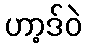
ဟာ့ဒ်ဝဲ